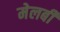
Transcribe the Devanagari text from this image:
मेलबी